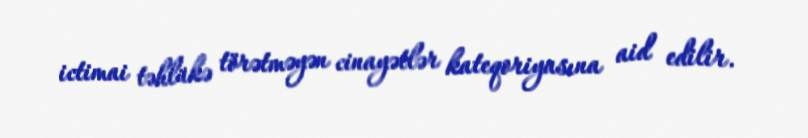
ictimai təhlükə törətməyən cinayətlər kateqoriyasına aid edilir.